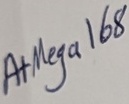
Text: AtMega168